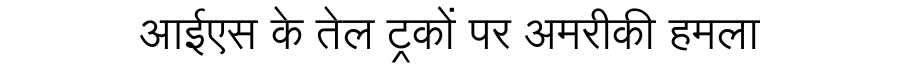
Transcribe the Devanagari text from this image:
आईएस के तेल ट्रकों पर अमरीकी हमला